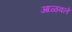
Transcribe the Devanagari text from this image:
आळवले